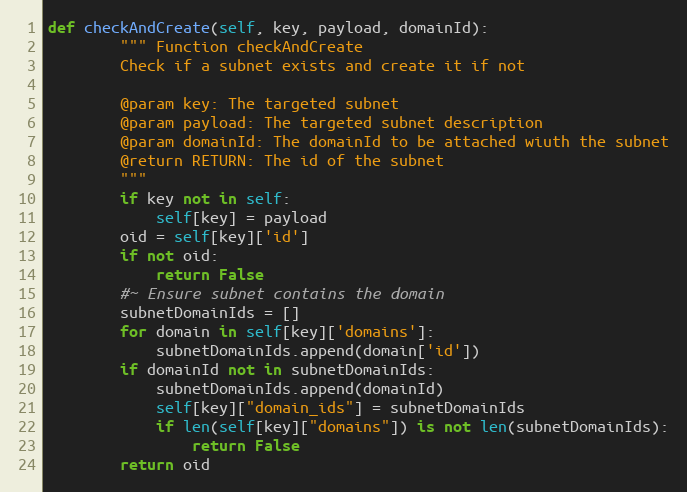
Language: Python
def checkAndCreate(self, key, payload, domainId):
        """ Function checkAndCreate
        Check if a subnet exists and create it if not

        @param key: The targeted subnet
        @param payload: The targeted subnet description
        @param domainId: The domainId to be attached wiuth the subnet
        @return RETURN: The id of the subnet
        """
        if key not in self:
            self[key] = payload
        oid = self[key]['id']
        if not oid:
            return False
        #~ Ensure subnet contains the domain
        subnetDomainIds = []
        for domain in self[key]['domains']:
            subnetDomainIds.append(domain['id'])
        if domainId not in subnetDomainIds:
            subnetDomainIds.append(domainId)
            self[key]["domain_ids"] = subnetDomainIds
            if len(self[key]["domains"]) is not len(subnetDomainIds):
                return False
        return oid